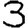
Digit: 3